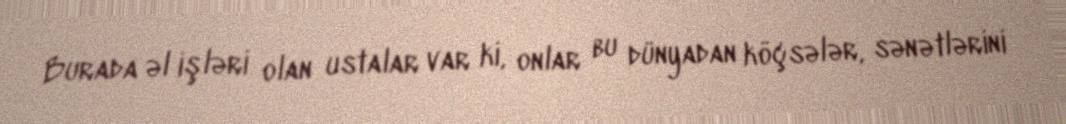
Burada əl işləri olan ustalar var ki, onlar bu dünyadan köçsələr, sənətlərini